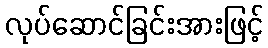
လုပ်ဆောင်ခြင်းအားဖြင့်